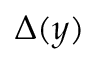
\Delta ( y )